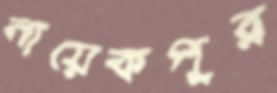
নায়েকপুর